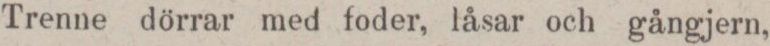
Trenne dörrar med foder, låsar och gångjern,